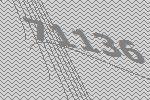
71136